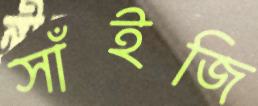
সাঁইজি